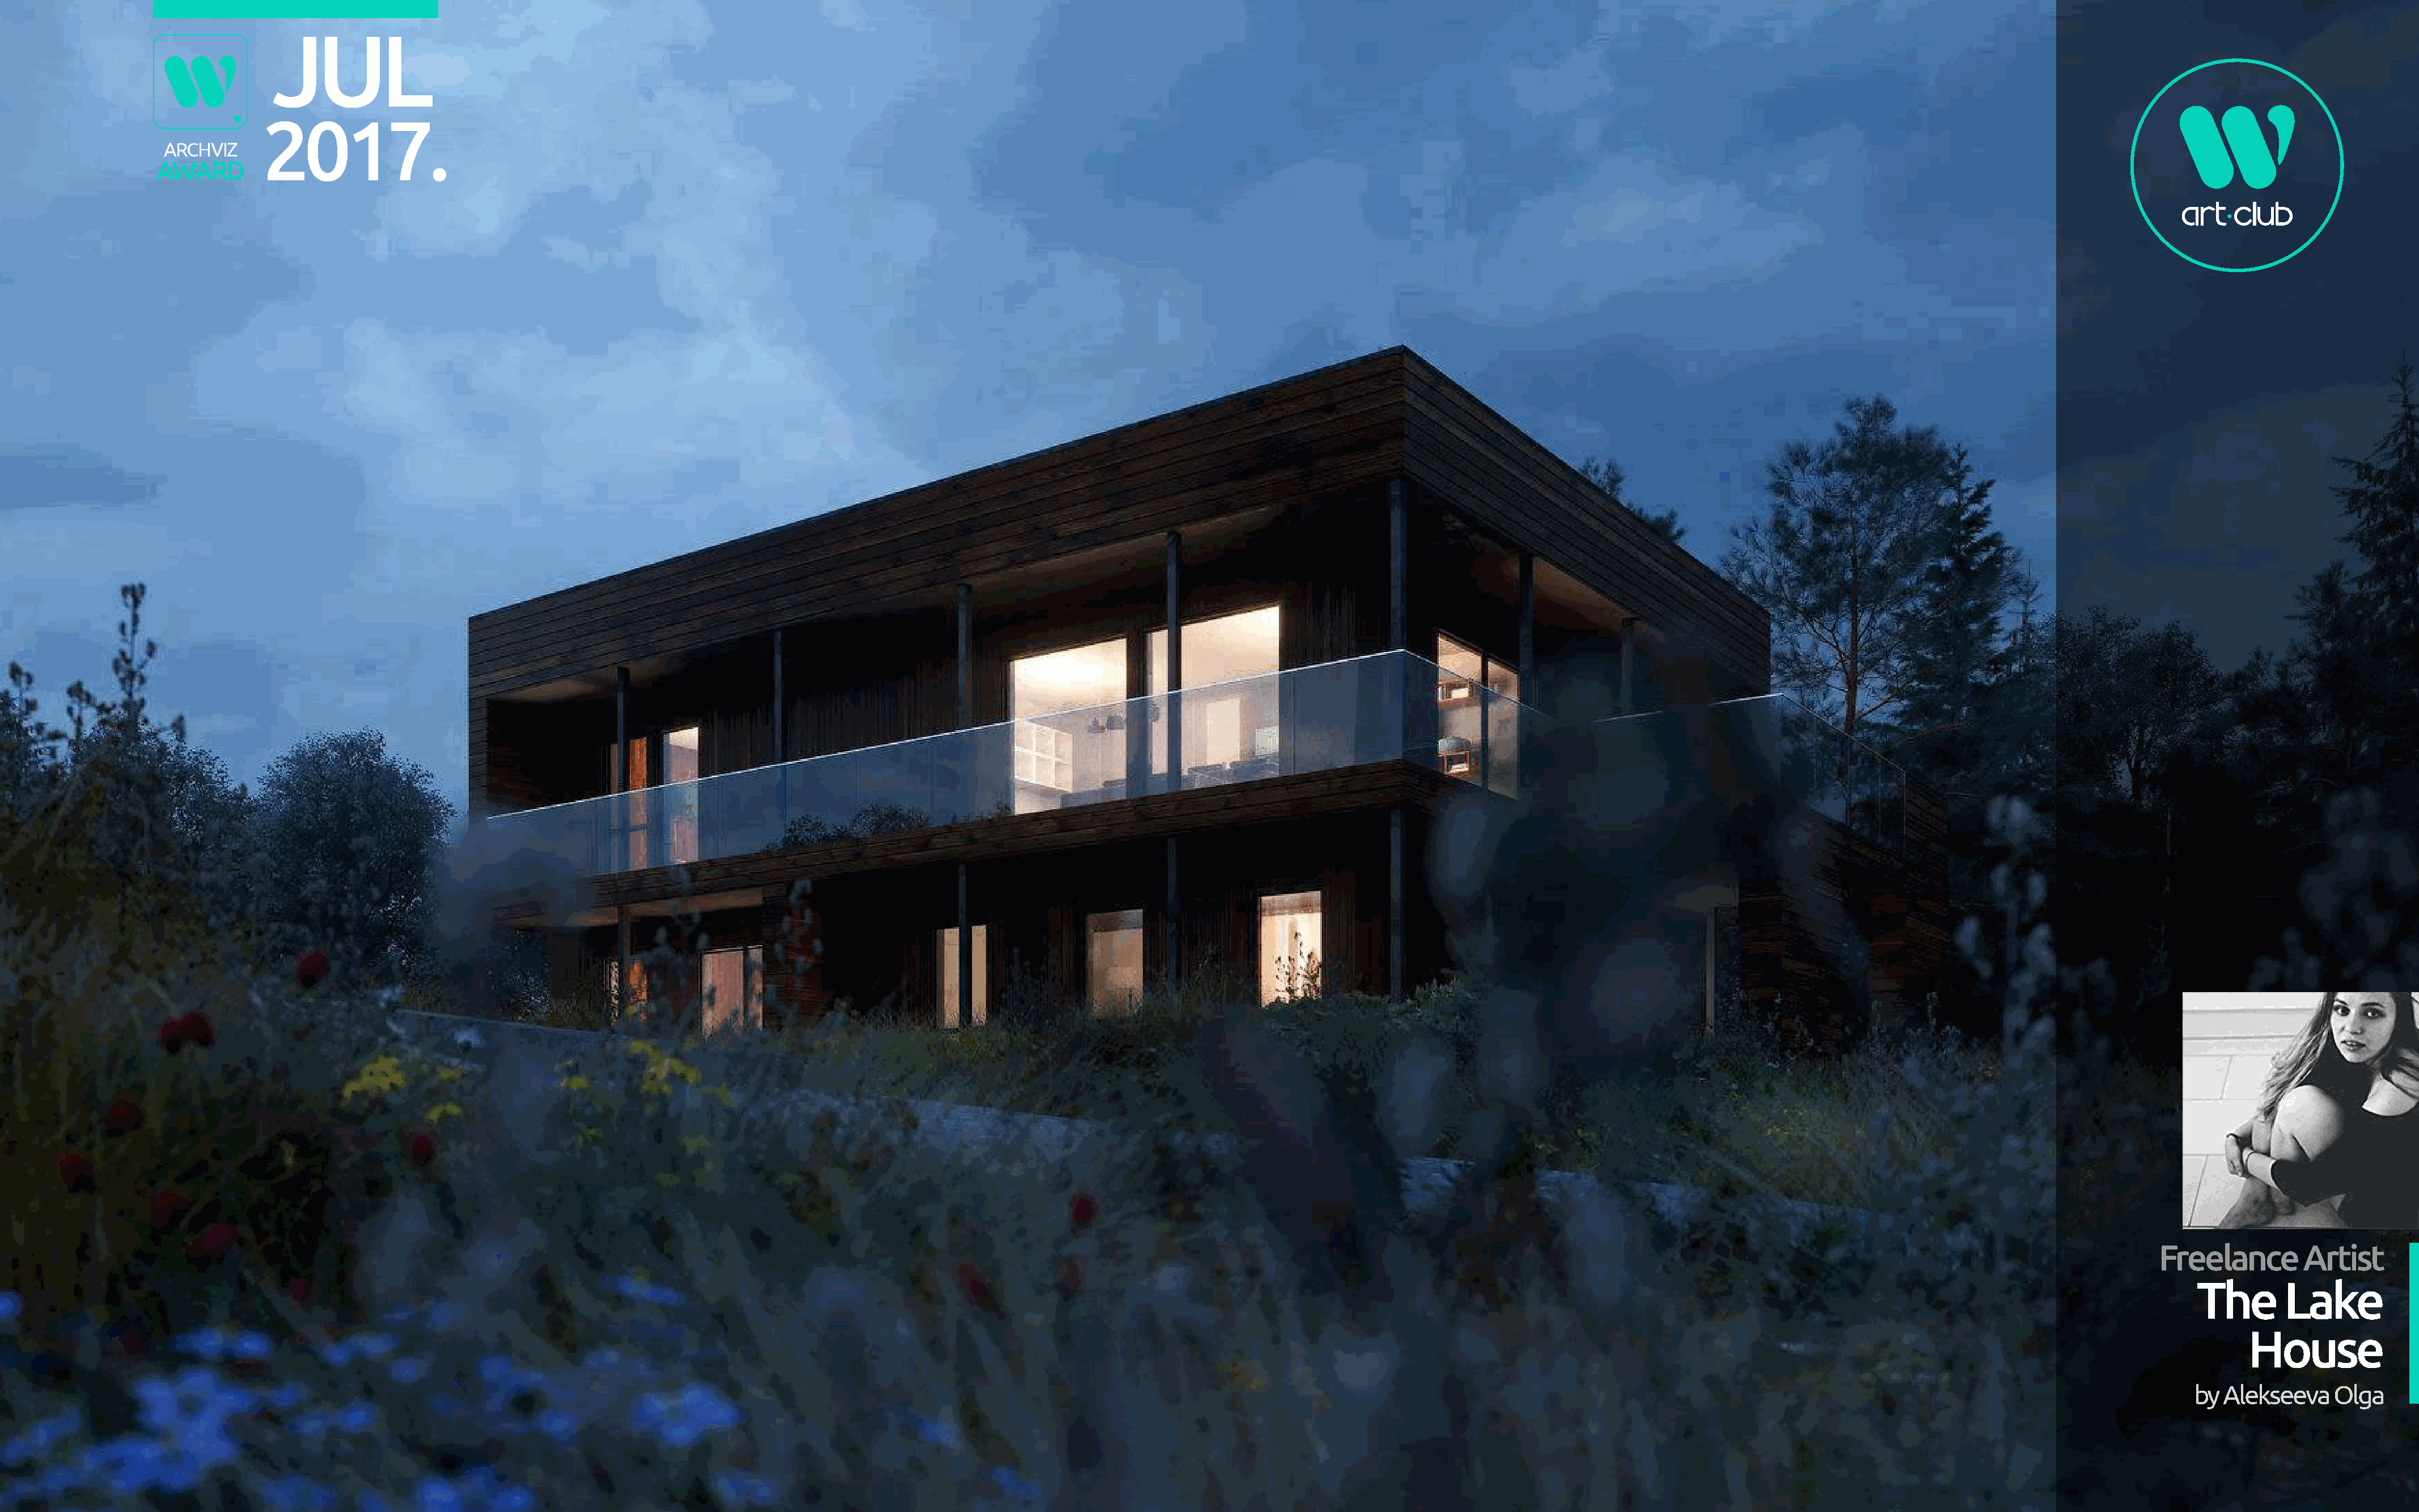
JUL
 2017.
 ARCHVIZ
 AWARD
 Freelance        Artist
 The       Lake
 House
 by  Alekseeva   Olga